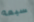
سبعه